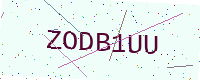
Text: ZODB1UU